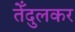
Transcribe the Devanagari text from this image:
तेँदुलकर